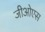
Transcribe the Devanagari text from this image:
जीओएस